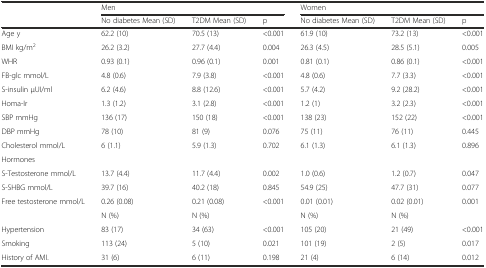
<table><thead><tr><td></td><td colspan="3"><b>Men</b></td><td colspan="3"><b>Women</b></td></tr><tr><td></td><td><b>No diabetes Mean (SD)</b></td><td><b>T2DM Mean (SD)</b></td><td><b>p</b></td><td><b>No diabetes Mean (SD)</b></td><td><b>T2DM Mean (SD)</b></td><td><b>p</b></td></tr></thead><tbody><tr><td>Age y</td><td>62.2 (10)</td><td>70.5 (13)</td><td>&lt;0.001</td><td>61.9 (10)</td><td>73.2 (13)</td><td>&lt;0.001</td></tr><tr><td>BMI kg/m<sup>2</sup></td><td>26.2 (3.2)</td><td>27.7 (4.4)</td><td>0.004</td><td>26.3 (4.5)</td><td>28.5 (5.1)</td><td>0.005</td></tr><tr><td>WHR</td><td>0.93 (0.1)</td><td>0.96 (0.1)</td><td>0.001</td><td>0.81 (0.1)</td><td>0.86 (0.1)</td><td>&lt;0.001</td></tr><tr><td>FB-glc mmol/L</td><td>4.8 (0.6)</td><td>7.9 (3.8)</td><td>&lt;0.001</td><td>4.8 (0.6)</td><td>7.7 (3.3)</td><td>&lt;0.001</td></tr><tr><td>S-insulin μUI/ml</td><td>6.2 (4.6)</td><td>8.8 (12.6)</td><td>&lt;0.001</td><td>5.7 (4.2)</td><td>9.2 (28.2)</td><td>&lt;0.001</td></tr><tr><td>Homa-Ir</td><td>1.3 (1.2)</td><td>3.1 (2.8)</td><td>&lt;0.001</td><td>1.2 (1)</td><td>3.2 (2.3)</td><td>&lt;0.001</td></tr><tr><td>SBP mmHg</td><td>136 (17)</td><td>150 (18)</td><td>&lt;0.001</td><td>138 (23)</td><td>152 (22)</td><td>&lt;0.001</td></tr><tr><td>DBP mmHg</td><td>78 (10)</td><td>81 (9)</td><td>0.076</td><td>75 (11)</td><td>76 (11)</td><td>0.445</td></tr><tr><td>Cholesterol mmol/L</td><td>6 (1.1)</td><td>5.9 (1.3)</td><td>0.702</td><td>6.1 (1.3)</td><td>6.1 (1.3)</td><td>0.896</td></tr><tr><td>Hormones</td><td></td><td></td><td></td><td></td><td></td><td></td></tr><tr><td>S-Testosterone mmol/L</td><td>13.7 (4.4)</td><td>11.7 (4.4)</td><td>0.002</td><td>1.0 (0.6)</td><td>1.2 (0.7)</td><td>0.047</td></tr><tr><td>S-SHBG mmol/L</td><td>39.7 (16)</td><td>40.2 (18)</td><td>0.845</td><td>54.9 (25)</td><td>47.7 (31)</td><td>0.077</td></tr><tr><td>Free testosterone mmol/L</td><td>0.26 (0.08)</td><td>0.21 (0.08)</td><td>&lt;0.001</td><td>0.01 (0.01)</td><td>0.02 (0.01)</td><td>0.001</td></tr><tr><td></td><td>N (%)</td><td>N (%)</td><td></td><td>N (%)</td><td>N (%)</td><td></td></tr><tr><td>Hypertension</td><td>83 (17)</td><td>34 (63)</td><td>&lt;0.001</td><td>105 (20)</td><td>21 (49)</td><td>&lt;0.001</td></tr><tr><td>Smoking</td><td>113 (24)</td><td>5 (10)</td><td>0.021</td><td>101 (19)</td><td>2 (5)</td><td>0.017</td></tr><tr><td>History of AMI.</td><td>31 (6)</td><td>6 (11)</td><td>0.198</td><td>21 (4)</td><td>6 (14)</td><td>0.012</td></tr></tbody></table>